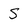
Character: S